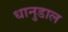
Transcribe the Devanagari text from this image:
धानुडाल